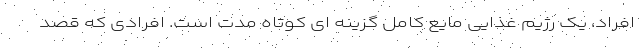
افراد، یک رژیم غذایی مایع کامل گزینه ای کوتاه مدت است. افرادی که قصد